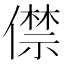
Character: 僸